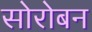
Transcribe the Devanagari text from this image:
सोरोबन